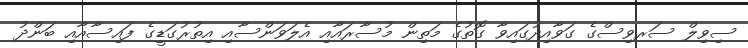
ސިވިލް ސަރވިސްގެ ގަވާއިދުގައިވާ ގޮތުގެ މަތިން މުސާރައާއި އެލަވަންސާއި އިތުރުގަޑީގެ ފައިސާއާއި ބަންދު